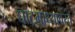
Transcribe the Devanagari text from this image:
घाटमाथ्यावरचं